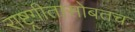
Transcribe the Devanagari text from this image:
राष्ट्रगीतासोबतच